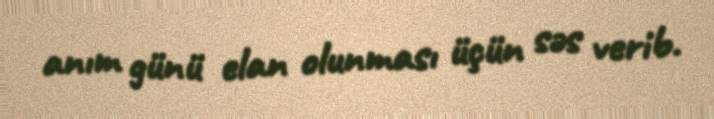
anım günü elan olunması üçün səs verib.